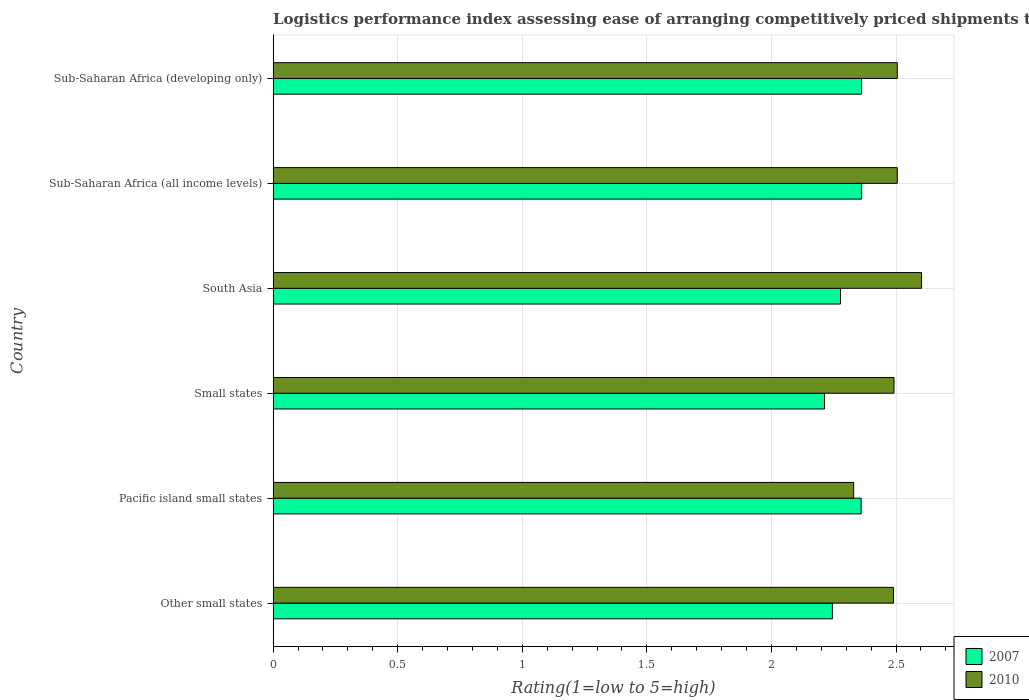
| Country | 2007 | 2010 |
 | --- | --- | --- |
 | Other small states | 2.24 | 2.49 |
 | Pacific island small states | 2.36 | 2.33 |
 | Small states | 2.21 | 2.49 |
 | South Asia | 2.28 | 2.6 |
 | Sub-Saharan Africa (all income levels) | 2.36 | 2.5 |
 | Sub-Saharan Africa (developing only) | 2.36 | 2.5 |